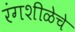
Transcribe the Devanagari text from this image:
रंगशीळेचे